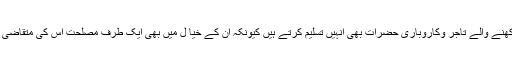
یہ وہ حِکمتیں وفوائد ہیں جن کو شارع نے نظر انداز نہیں کیا،یہاں تک کہ شریعت کا علم نہ رکھنے والے تاجر وکاروباری حضرات بھی اُنہیں تسلیم کرتے ہیں کیونکہ ان کے خیا ل میں بھی ایک طرف مصلحت اس کی متقاضی ہے اوردوسری طرف معاملات میں موجودفساد و خرابیوں کا خاتمہ بھی اسی طرح ممکن ہے۔